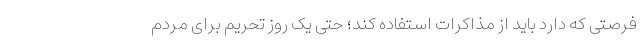
فرصتی که دارد باید از مذاکرات استفاده کند؛ حتی یک روز تحریم برای مردم